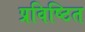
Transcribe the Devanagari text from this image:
प्रविष्टित